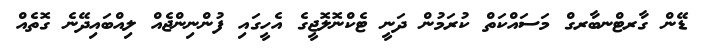
ޑޭން ގާރޓްނބާރގް މަސައްކަތް ކުރަމުން ދަނީ ޓެކްނޮލޮޖީގެ އެހީގައި ފުންނިންޖެއް ލިއްބައިދޭނެ ގޮތެއް